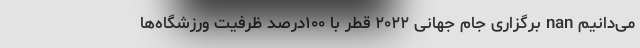
می‌دانیم nan برگزاری جام جهانی ۲۰۲۲ قطر با ۱۰۰درصد ظرفیت ورزشگاه‌ها